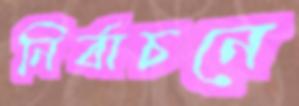
নির্বাচনে